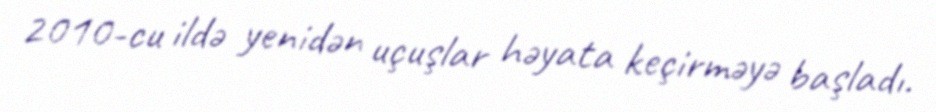
2010-cu ildə yenidən uçuşlar həyata keçirməyə başladı.